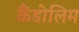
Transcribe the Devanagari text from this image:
कैंडोलिम